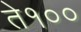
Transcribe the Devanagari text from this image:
ते१००